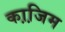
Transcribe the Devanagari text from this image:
का़जि़म